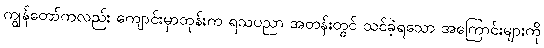
ကျွန်တော်ကလည်း ကျောင်းမှာတုန်းက ရသပညာ အတန်းတွင် သင်ခဲ့ရသော အကြောင်းများကို